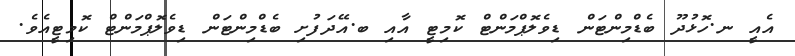
އެއީ ނ.ހޮޅުދޫ ބެޑްމިންޓަން ޑިވެލޮޕްމަންޓް ކޮމިޓީ އާއި ބ.އޭދަފުށި ބެޑްމިންޓަން ޑިވެލޮޕްމަންޓް ކޮމިޓީއެވެ.